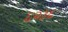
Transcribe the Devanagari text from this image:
६२३६